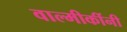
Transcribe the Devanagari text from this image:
वाल्मीकींनी